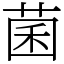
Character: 菌